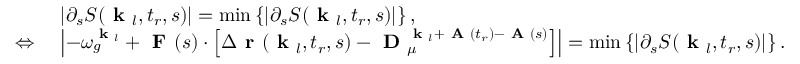
\begin{array} { r l } & { \left| \partial _ { s } S ( \textbf { k } _ { l } , t _ { r } , s ) \right| = \operatorname* { m i n } \left\{ \left| \partial _ { s } S ( \textbf { k } _ { l } , t _ { r } , s ) \right| \right\} , } \\ { \Leftrightarrow \ } & { \left| - \omega _ { g } ^ { \textbf { k } _ { l } } + \textbf { F } ( s ) \cdot \left[ \Delta \textbf { r } ( \textbf { k } _ { l } , t _ { r } , s ) - \textbf { D } _ { \mu } ^ { \textbf { k } _ { l } + \textbf { A } ( t _ { r } ) - \textbf { A } ( s ) } \right] \right| = \operatorname* { m i n } \left\{ \left| \partial _ { s } S ( \textbf { k } _ { l } , t _ { r } , s ) \right| \right\} . } \end{array}